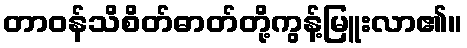
တာဝန်သိစိတ်ဓာတ်တို့ကွန့်မြူးလာ၏။